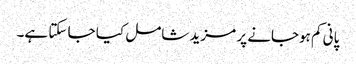
پانی کم ہوجانے پر مزید شامل کیا جا سکتا ہے۔